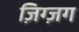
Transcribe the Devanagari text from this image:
ज़िग्ज़ग